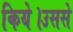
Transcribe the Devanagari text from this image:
किये।उससे